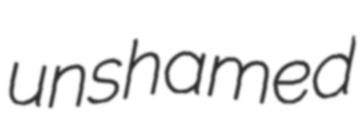
unshamed